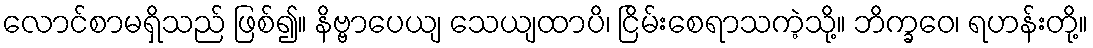
လောင်စာမရှိသည် ဖြစ်၍။ နိဗ္ဗာပေယျ သေယျထာပိ၊ ငြိမ်းစေရာသကဲ့သို့။ ဘိက္ခဝေ၊ ရဟန်းတို့။